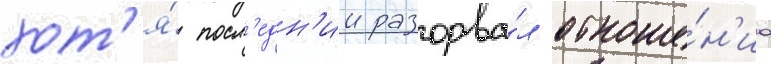
хот'я́ посл'едн'ии разорва́л отноше́н'иа